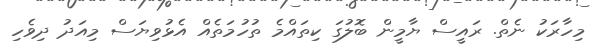
މިހާރަކު ނެތް. ރައީސް ޔާމީން ބޮލުގަ ކިތައްމެ ތުހުމަތެއް އެޅުވިޔަސް މިއަދު ދިވެހި